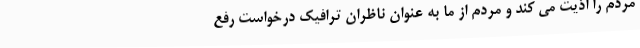
مردم را اذیت می کند و مردم از ما به عنوان ناظران ترافیک درخواست رفع